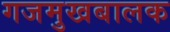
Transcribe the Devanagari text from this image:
गजमुखबालक